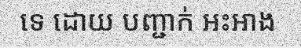
ទេ ដោយ បញ្ជាក់ អះអាង